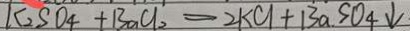
K _ { 2 } S O _ { 4 } + B a C l _ { 2 } = 2 k C l + B a . S O _ { 4 } \downarrow